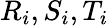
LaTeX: R_{i},S_{i},T_{i}